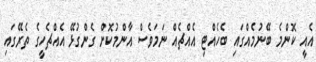
އެއީ ކޮންމެ ބޭނުމެއްގައި ބެހެއްޓި އެއްޗެއް ނަމަވެސް އާންމުކޮށް ގެންގުޅޭ އެއްޗެހީގެ ތެރޭގައި